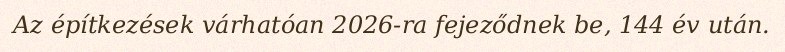
Az építkezések várhatóan 2026-ra fejeződnek be, 144 év után.